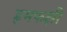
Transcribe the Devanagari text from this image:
हृमफक्षी